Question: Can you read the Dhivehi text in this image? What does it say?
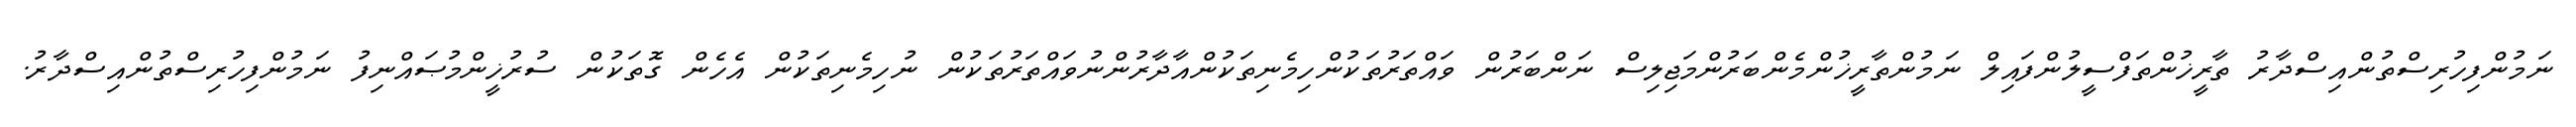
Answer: ނަމުންފިހުރިސްތުންއިސްދާރު ތާރީޚުންތަފްސީލުންފައިލް ނަމުންތާރީޚުންމެންބަރުންމަޖިލިސް ނަންބަރުން ވައްތަރުތަކުންހިމެނިތަކުންއާދާރުންނުވައްތަރުތަކުން ނުހިމެނިތަކުން އެހެން ގޮތަކުން ސުރުޚީންމުޞައްނިފު ނަމުންފިހުރިސްތުންއިސްދާރު.